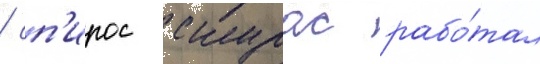
/ сп'ирос скурас рабо́тал